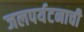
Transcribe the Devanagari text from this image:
जलपर्यटनाची